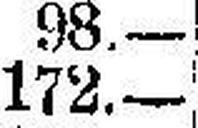
172.—